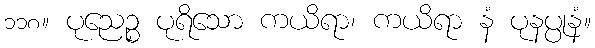
၁၁၈။ ပုညေဉ္စ ပုရိသော ကယိရာ၊ ကယိရာ နံ ပုနပ္ပုနံ။